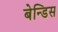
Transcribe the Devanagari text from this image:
बेन्डिस